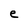
Character: e